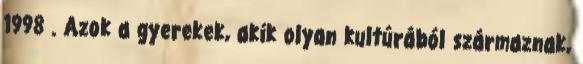
1998 . Azok a gyerekek, akik olyan kultúrából származnak,